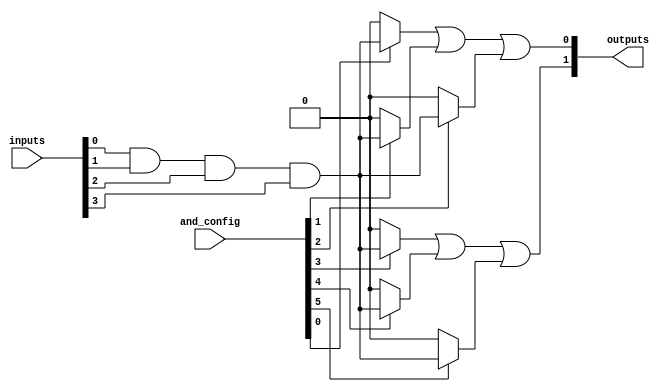
module flash_programmable_pal #(
    parameter NUM_INPUTS = 4,     // Number of input lines
    parameter NUM_AND_TERMS = 8,   // Number of AND gates (product terms)
    parameter NUM_OUTPUTS = 2      // Number of output lines
)(
    input wire [NUM_INPUTS-1:0] inputs,  // Input signals
    input wire [NUM_AND_TERMS-1:0] and_config, // AND array configuration
    output wire [NUM_OUTPUTS-1:0] outputs // Output signals
);

// Internal wires for AND gate outputs
wire [NUM_AND_TERMS-1:0] and_outputs;

// AND array: programmable AND gates
genvar i;
generate
    for (i = 0; i < NUM_AND_TERMS; i = i + 1) begin : and_array
        assign and_outputs[i] = and_config[i] ? (inputs[0] & inputs[1] & inputs[2] & inputs[3]) : 1'b0; // Example logic
    end
endgenerate

// OR array: Fixed OR gates
assign outputs[0] = and_outputs[0] | and_outputs[1] | and_outputs[2]; // Example OR logic for output 0
assign outputs[1] = and_outputs[3] | and_outputs[4] | and_outputs[5]; // Example OR logic for output 1

endmodule